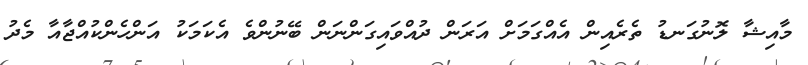
މާއިޝާ ލޮނުގަނޑު ތެރެއިން އެއްގަމަށް އަރަން ދުއްވައިގަންނަން ބޭނުންވެ އެކަމަކު އަންހެންކުއްޖާއާ މެދު